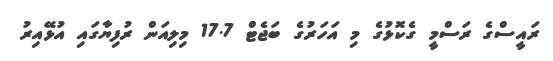
ރައީސްގެ ރަސްމީ ގެކޮޅުގެ މި އަހަރުގެ ބަޖެޓް 17.7 މިލިއަން ރުފިޔާގައި އުޅޭއިރު